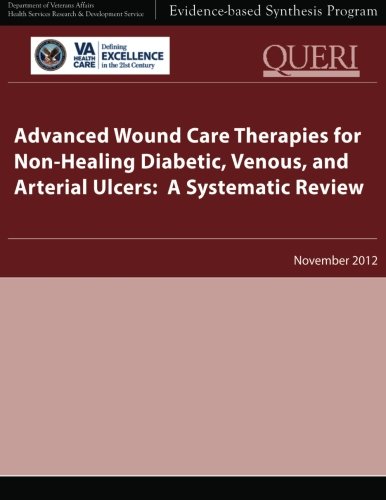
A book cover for Advanced Wound Care Therapies for Non-Healing Diabetic, Venous, and Arterial Ulcers:  A Systematic Review; U. S. Department of Veterans Affairs; Health, Fitness & Dieting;